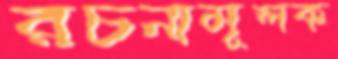
রচনামূলক